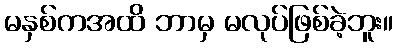
မနှစ်ကအထိ ဘာမှ မလုပ်ဖြစ်ခဲ့ဘူး။